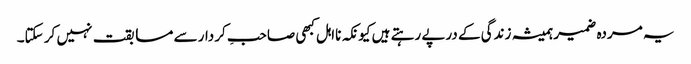
یہ مردہ ضمیر ہمیشہ زندگی کے درپے رہتے ہیں کیونکہ نااہل کبھی صاحبِ کردار سے مسابقت نہیں کر سکتا۔